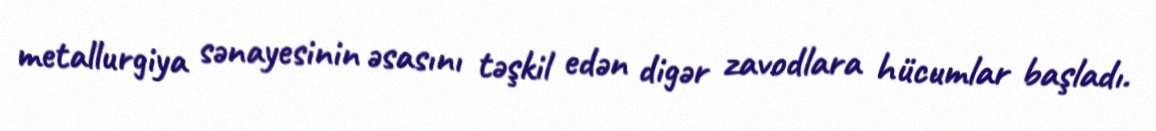
metallurgiya sənayesinin əsasını təşkil edən digər zavodlara hücumlar başladı.